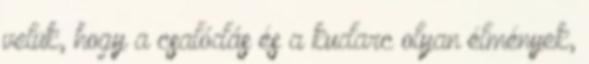
velük, hogy a csalódás és a kudarc olyan élmények,